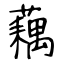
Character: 藕